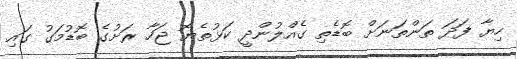
ހިޔާ ފަދަ ތަންތަނަށް ބޮޑެތި ގެއްލުންދީ ކަޅުތެޔޮ ޖަހާ ރަށުގެ ބޮޑުމަގު ގައި